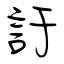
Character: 訏